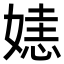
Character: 㜇